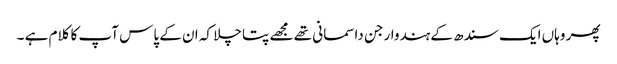
پھر وہاں ایک سندھ کے ہندوار جن داسمانی تھے مجھے پتا چلا کہ ان کے پاس آپ کا کلام ہے ۔